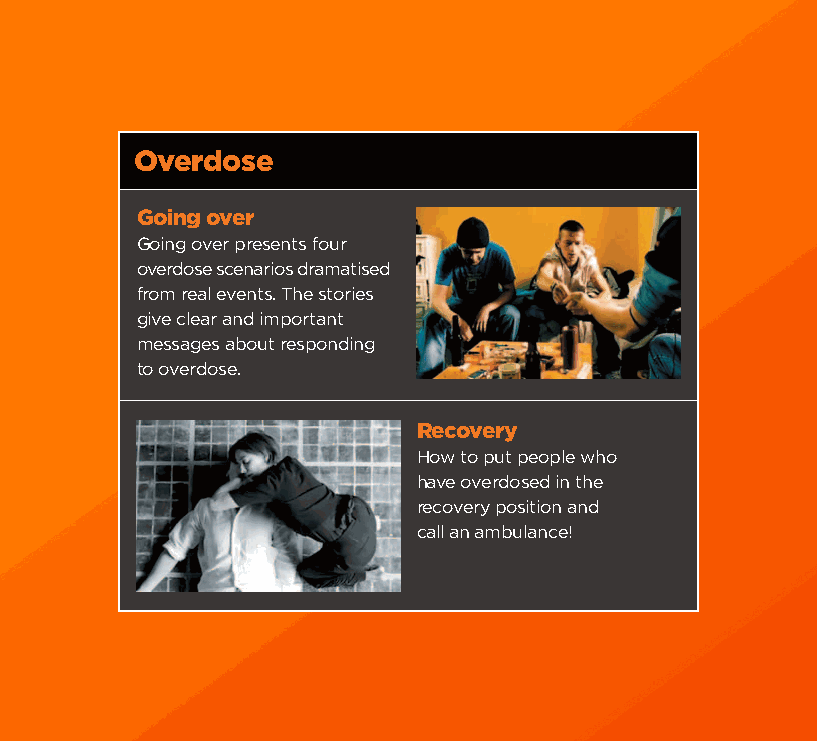
od booklet inner + cove#93667D 03/09/2009 09:13 Page 37
 Overdose
 Going over
 Going over presents four
 overdose scenarios dramatised
 from real events. The stories
 give clear and important
 messages about responding
 to overdose.
 Recovery
 How to put people who
 have overdosed in the
 recovery position and
 call an ambulance!